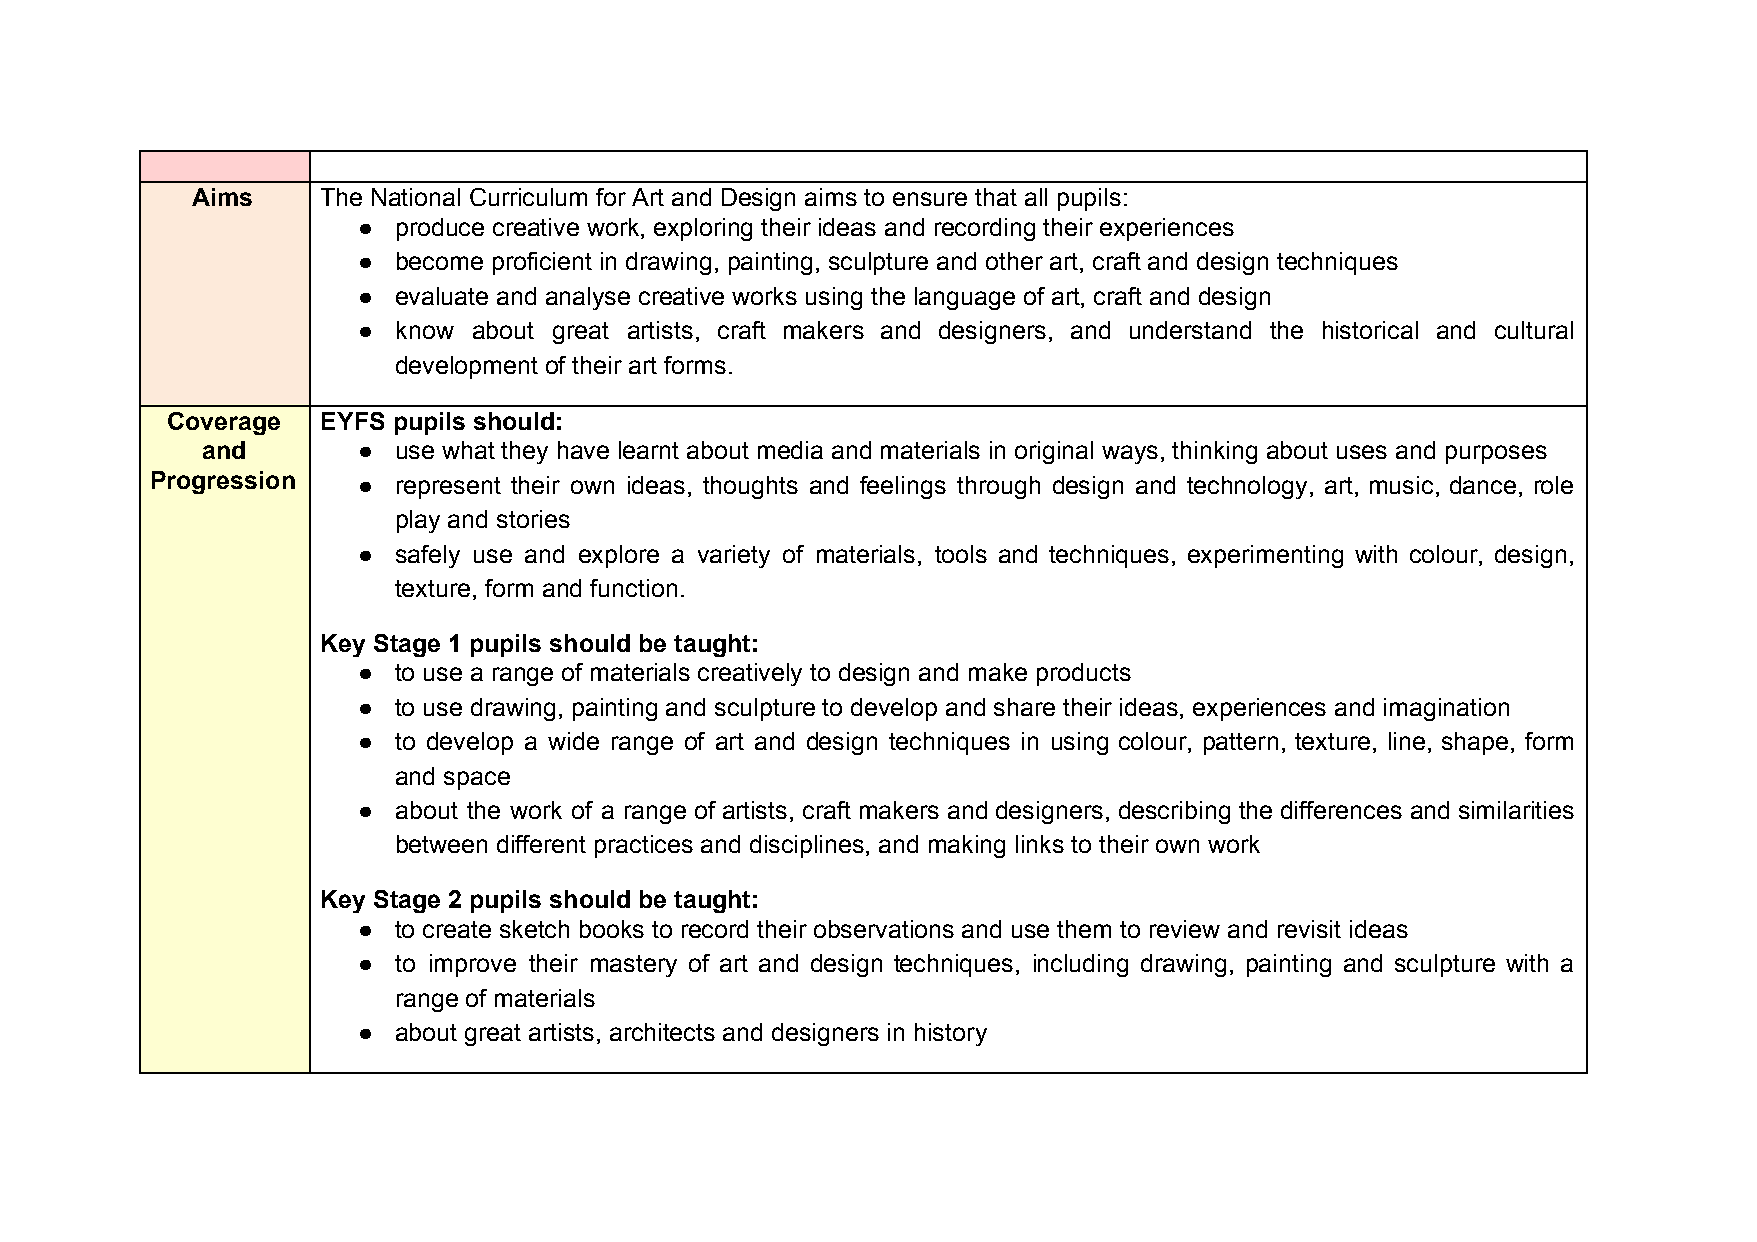
Aims    The National Curriculum for Art and Design aims to ensure that all pupils:
 ● produce creative work, exploring their ideas and recording their experiences
 ● become proficient in drawing, painting, sculpture and other art, craft and design techniques
 ● evaluate and analyse creative works using the language of art, craft and design
 ● know about great artists, craft makers and designers, and understand the historical and cultural
 development of their art forms.
 Coverage  EYFS pupils should:
 and        ● use what they have learnt about media and materials in original ways, thinking about uses and purposes
 Progression   ● represent their own ideas, thoughts and feelings through design and technology, art, music, dance, role
 play and stories
 ● safely use and explore a variety of materials, tools and techniques, experimenting with colour, design,
 texture, form and function.
 Key Stage 1 pupils should be taught:
 ● to use a range of materials creatively to design and make products
 ● to use drawing, painting and sculpture to develop and share their ideas, experiences and imagination
 ● to develop a wide range of art and design techniques in using colour, pattern, texture, line, shape, form
 and space
 ● about the work of a range of artists, craft makers and designers, describing the differences and similarities
 between different practices and disciplines, and making links to their own work
 Key Stage 2 pupils should be taught:
 ● to create sketch books to record their observations and use them to review and revisit ideas
 ● to improve their mastery of art and design techniques, including drawing, painting and sculpture with a
 range of materials
 ● about great artists, architects and designers in history